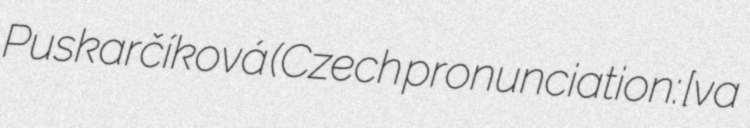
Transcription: Puskarčíková (Czech pronunciation: [ˈɛva